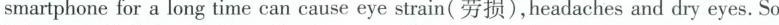
smartphone for a long time can cause eye strain( 劳损),headaches and dry eyes.Si